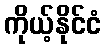
ကိုယ့်နိုင်ငံ